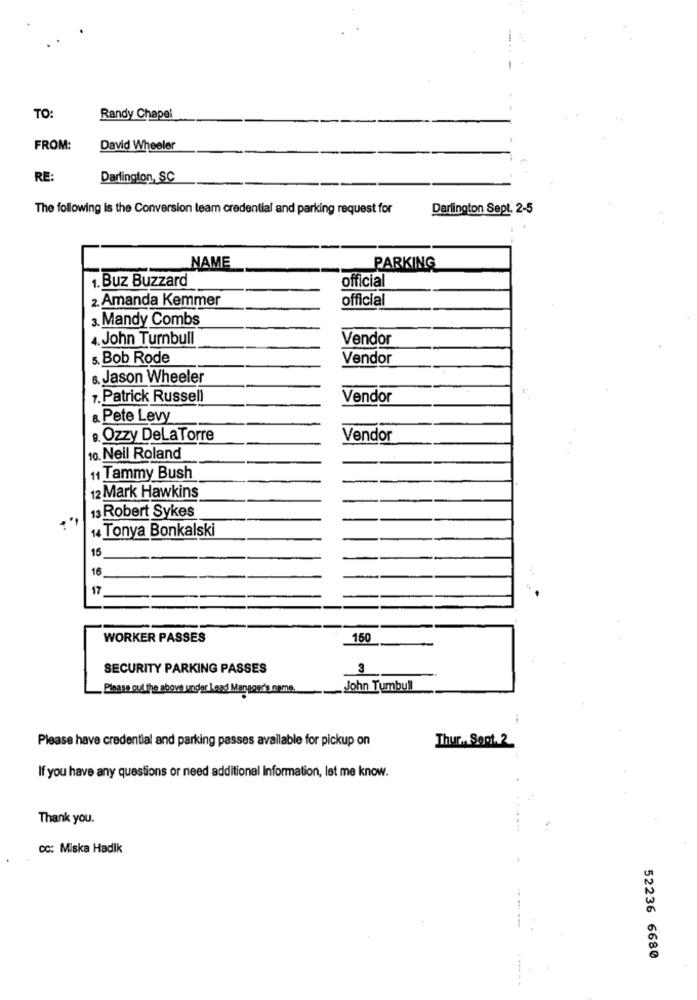
TO
Randy Chapel
FROM:
David Wheeler
RE:
Darlington, SC
The following is the Conversion team credential and parking request for
Darlington Sept. 2-5
NAME
PARKING
official
1. Buz Buzzard
2. Amanda Kemmer
official
3. Mandy Combs
4. John Turnbull
Vendor
5. Bob Rode
Vendor
6. Jason Wheeler
7. Patrick Russell
Vendor
& Pete Levy
· Ozzy DeLaTorre
Vendor
10. Neil Roland
11 Tammy Bush
12 Mark Hawkins
13 Robert Sykes
14 Tonya Bonkalski
15
16
17
WORKER PASSES
150
SECURITY PARKING PASSES
3
Please out the above under Leed Mangoed's name
John Tumbull
Please have credential and parking passes available for pickup on
Thur, Sept.2
If you have any questions or need additional information, let me know.
Thank you.
CC: Miska HadIk
52236 6680